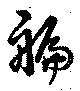
艑